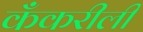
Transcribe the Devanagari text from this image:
कँकरीली